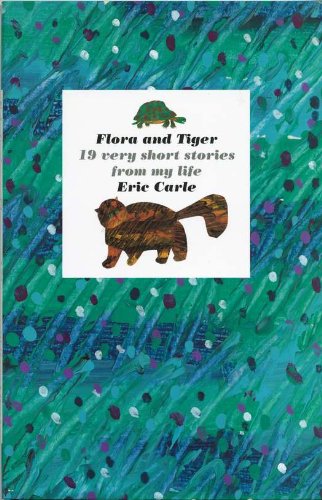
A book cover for Flora and Tiger; Eric Carle; Children's Books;